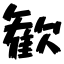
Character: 歓